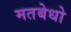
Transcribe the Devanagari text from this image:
मतबेधो